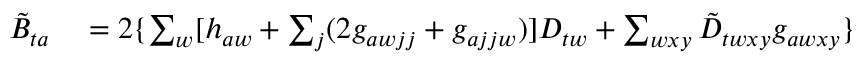
\begin{array} { r l } { \tilde { B } _ { t a } } & { { } = 2 \{ \sum _ { w } [ h _ { a w } + \sum _ { j } ( 2 g _ { a w j j } + g _ { a j j w } ) ] D _ { t w } + \sum _ { w x y } \tilde { D } _ { t w x y } g _ { a w x y } \} } \end{array}